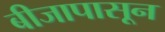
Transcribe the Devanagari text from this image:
बीजापासून